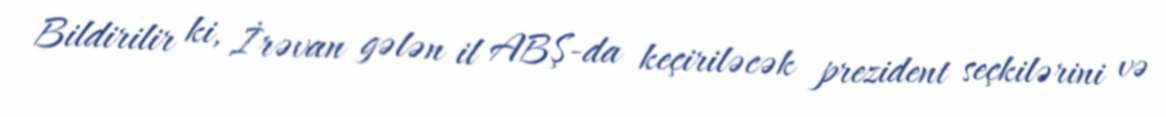
Bildirilir ki, İrəvan gələn il ABŞ-da keçiriləcək prezident seçkilərini və